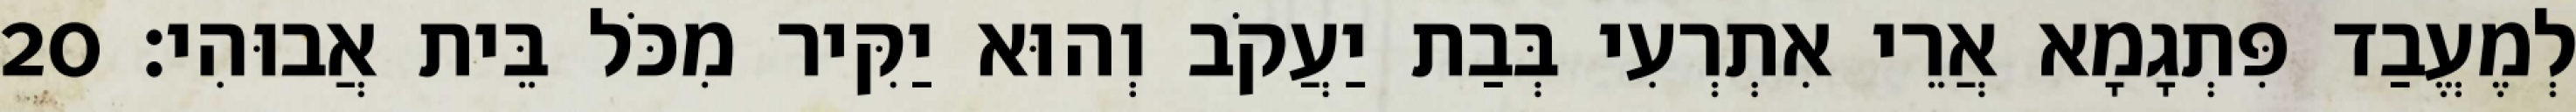
לְמֶעֱבַד פִּתְגָמָא אֲרֵי אִתְרְעִי בְּבַת יַעֲקֹב וְהוּא יַקִּיר מִכֹּל בֵּית אֲבוּהִי׃ 20